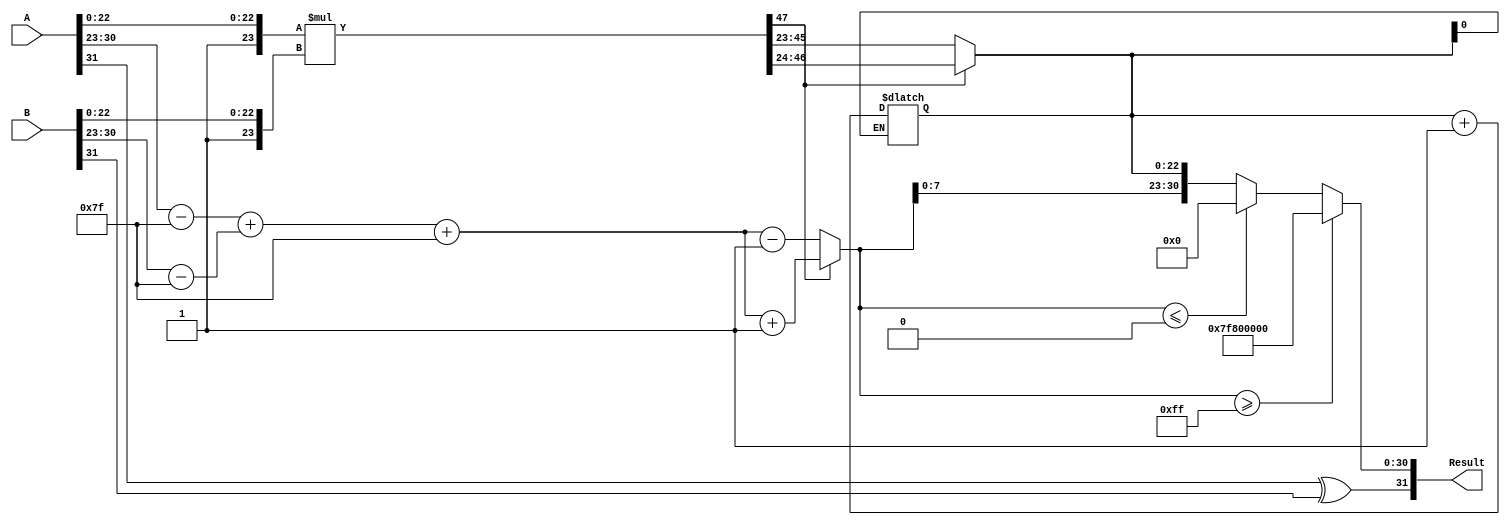
module floating_point_multiplier (
    input wire [31:0] A, // Input floating-point number A
    input wire [31:0] B, // Input floating-point number B
    output reg [31:0] Result // Output floating-point result
);

    // Constants
    localparam BIAS = 8'd127;
    localparam EXPONENT_WIDTH = 8;
    localparam SIGNIFICAND_WIDTH = 23;

    // Intermediate signals
    wire sign_A = A[31];
    wire sign_B = B[31];
    wire [EXPONENT_WIDTH-1:0] exponent_A = A[30:23];
    wire [EXPONENT_WIDTH-1:0] exponent_B = B[30:23];
    wire [SIGNIFICAND_WIDTH-1:0] significand_A = A[22:0];
    wire [SIGNIFICAND_WIDTH-1:0] significand_B = B[22:0];

    wire sign_result;
    wire [EXPONENT_WIDTH-1:0] exponent_result;
    wire [47:0] significand_result; // 48 bits to hold the product

    // Sign Calculation
    assign sign_result = sign_A ^ sign_B;

    // Exponent Calculation
    wire [EXPONENT_WIDTH:0] adjusted_exponent_A = {1'b0, exponent_A} - BIAS;
    wire [EXPONENT_WIDTH:0] adjusted_exponent_B = {1'b0, exponent_B} - BIAS;
    assign exponent_result = adjusted_exponent_A + adjusted_exponent_B + BIAS;

    // Normalize Significands (Add implicit leading 1)
    wire [24:0] M_A = {1'b1, significand_A}; // 1.M_A
    wire [24:0] M_B = {1'b1, significand_B}; // 1.M_B

    // Multiply Significands
    assign significand_result = M_A * M_B;

    // Normalize Result
    reg [22:0] final_significand;
    reg [EXPONENT_WIDTH:0] final_exponent;
    always @(*) begin
        if (significand_result[47]) begin // If result >= 2
            final_significand = significand_result[46:24]; // Keep 23 bits
            final_exponent = exponent_result + 1;
        end else begin
            final_significand = significand_result[45:23]; // Shift right
            final_exponent = exponent_result - 1;
        end
    end

    // Rounding (simple round to nearest)
    wire [24:0] rounded_significand = {1'b0, final_significand}; // 24 bits for rounding
    wire round_bit = rounded_significand[0]; // Bit for rounding
    always @(*) begin
        if (round_bit) begin
            final_significand = final_significand + 1;
        end
    end

    // Check for overflow/underflow in exponent
    always @(*) begin
        if (final_exponent >= (2**EXPONENT_WIDTH - 1)) begin
            Result = {sign_result, {EXPONENT_WIDTH{1'b1}}, {SIGNIFICAND_WIDTH{1'b0}}}; // Overflow
        end else if (final_exponent <= 0) begin
            Result = {sign_result, 8'b0, {SIGNIFICAND_WIDTH{1'b0}}}; // Underflow
        end else begin
            Result = {sign_result, final_exponent[EXPONENT_WIDTH-1:0], final_significand};
        end
    end

endmodule